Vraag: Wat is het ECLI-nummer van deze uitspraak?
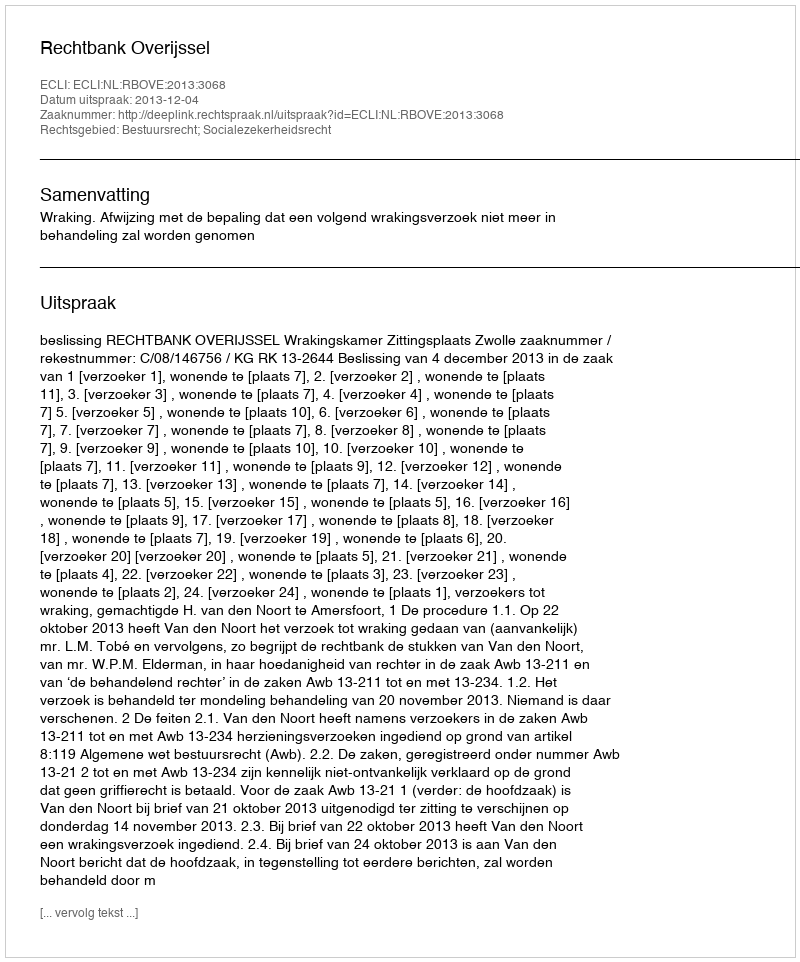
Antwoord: ECLI:NL:RBOVE:2013:3068